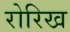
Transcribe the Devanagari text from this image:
रोरिख